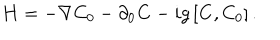
LaTeX: { \bf H } = - \nabla C _ { 0 } - \partial _ { 0 } { \bf C } - i g \left[ { \bf C } , C _ { 0 } \right] .